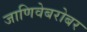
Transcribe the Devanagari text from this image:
जाणिवेबरोबर